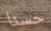
حسنا